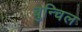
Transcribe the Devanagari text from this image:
बुन्चिल